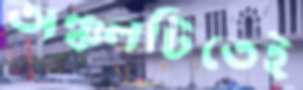
অঞ্চলটিতেই